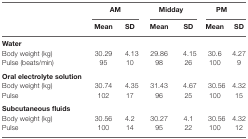
<table><thead><tr><td></td><td colspan="2"><b>AM</b></td><td colspan="2"><b>Midday</b></td><td colspan="2"><b>PM</b></td></tr><tr><td></td><td><b>Mean</b></td><td><b>SD</b></td><td><b>Mean</b></td><td><b>SD</b></td><td><b>Mean</b></td><td><b>SD</b></td></tr></thead><tbody><tr><td><b>Water</b></td><td></td><td></td><td></td><td></td><td></td><td></td></tr><tr><td>Body weight (kg)</td><td>30.29</td><td>4.13</td><td>29.86</td><td>4.15</td><td>30.6</td><td>4.27</td></tr><tr><td>Pulse (beats/min)</td><td>95</td><td>10</td><td>98</td><td>26</td><td>100</td><td>9</td></tr><tr><td><b>Oral electrolyte solution</b></td><td></td><td></td><td></td><td></td><td></td><td></td></tr><tr><td>Body weight (kg)</td><td>30.74</td><td>4.35</td><td>31.43</td><td>4.67</td><td>30.56</td><td>4.32</td></tr><tr><td>Pulse</td><td>102</td><td>17</td><td>96</td><td>25</td><td>100</td><td>15</td></tr><tr><td><b>Subcutaneous fluids</b></td><td></td><td></td><td></td><td></td><td></td><td></td></tr><tr><td>Body weight (kg)</td><td>30.56</td><td>4.2</td><td>30.27</td><td>4.1</td><td>30.56</td><td>4.32</td></tr><tr><td>Pulse</td><td>100</td><td>14</td><td>95</td><td>22</td><td>100</td><td>12</td></tr></tbody></table>